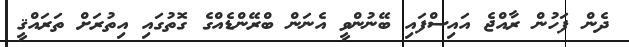
ދެން ފަހުން ރާއްޖެ އައިސްފައި ބޭނުންވީ އެނަން ބްރޭންޑެއްގެ ގޮތުގައި އިތުރަށް ތަރައްޤީ